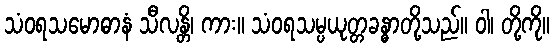
သံဝရသမောဓာနံ သီလန္တိ၊ ကား။ သံဝရသမ္ပယုတ္တခန္ဓာတို့သည်။ ဝါ၊ တို့ကို။